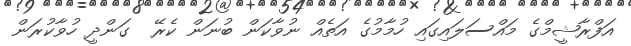
އަފްރާޝީމްގެ މައްސަލައިގައި ހުމާމުގެ އަތެއް ނުވާކަން ބުނަން ކެރޭ  ގަންދީ ހުވާކުރަން